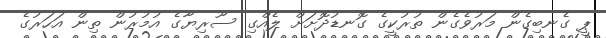
ޕީ ގެނބިގެން މަރުވެގެން ތުރުކީގެ ގޮނޑުދޮށަށް ލެއްގި ސޫރިޔާގެ އުމުރުން ތިން އަހަރުގެ